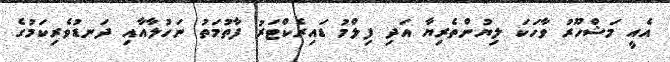
އެއީ މަޝްހޫރު ވާހަކަ ލިޔުންތެރިޔާ އަދި ފިލްމު ޑައިރެކްޓަރު ފާތުމަތު ނަހުލާއާއި ދަނޑުވެރިކަމުގެ